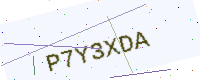
Text: P7Y3XDA